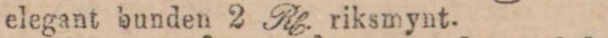
elegant bunden 2 Rh. riksmynt.